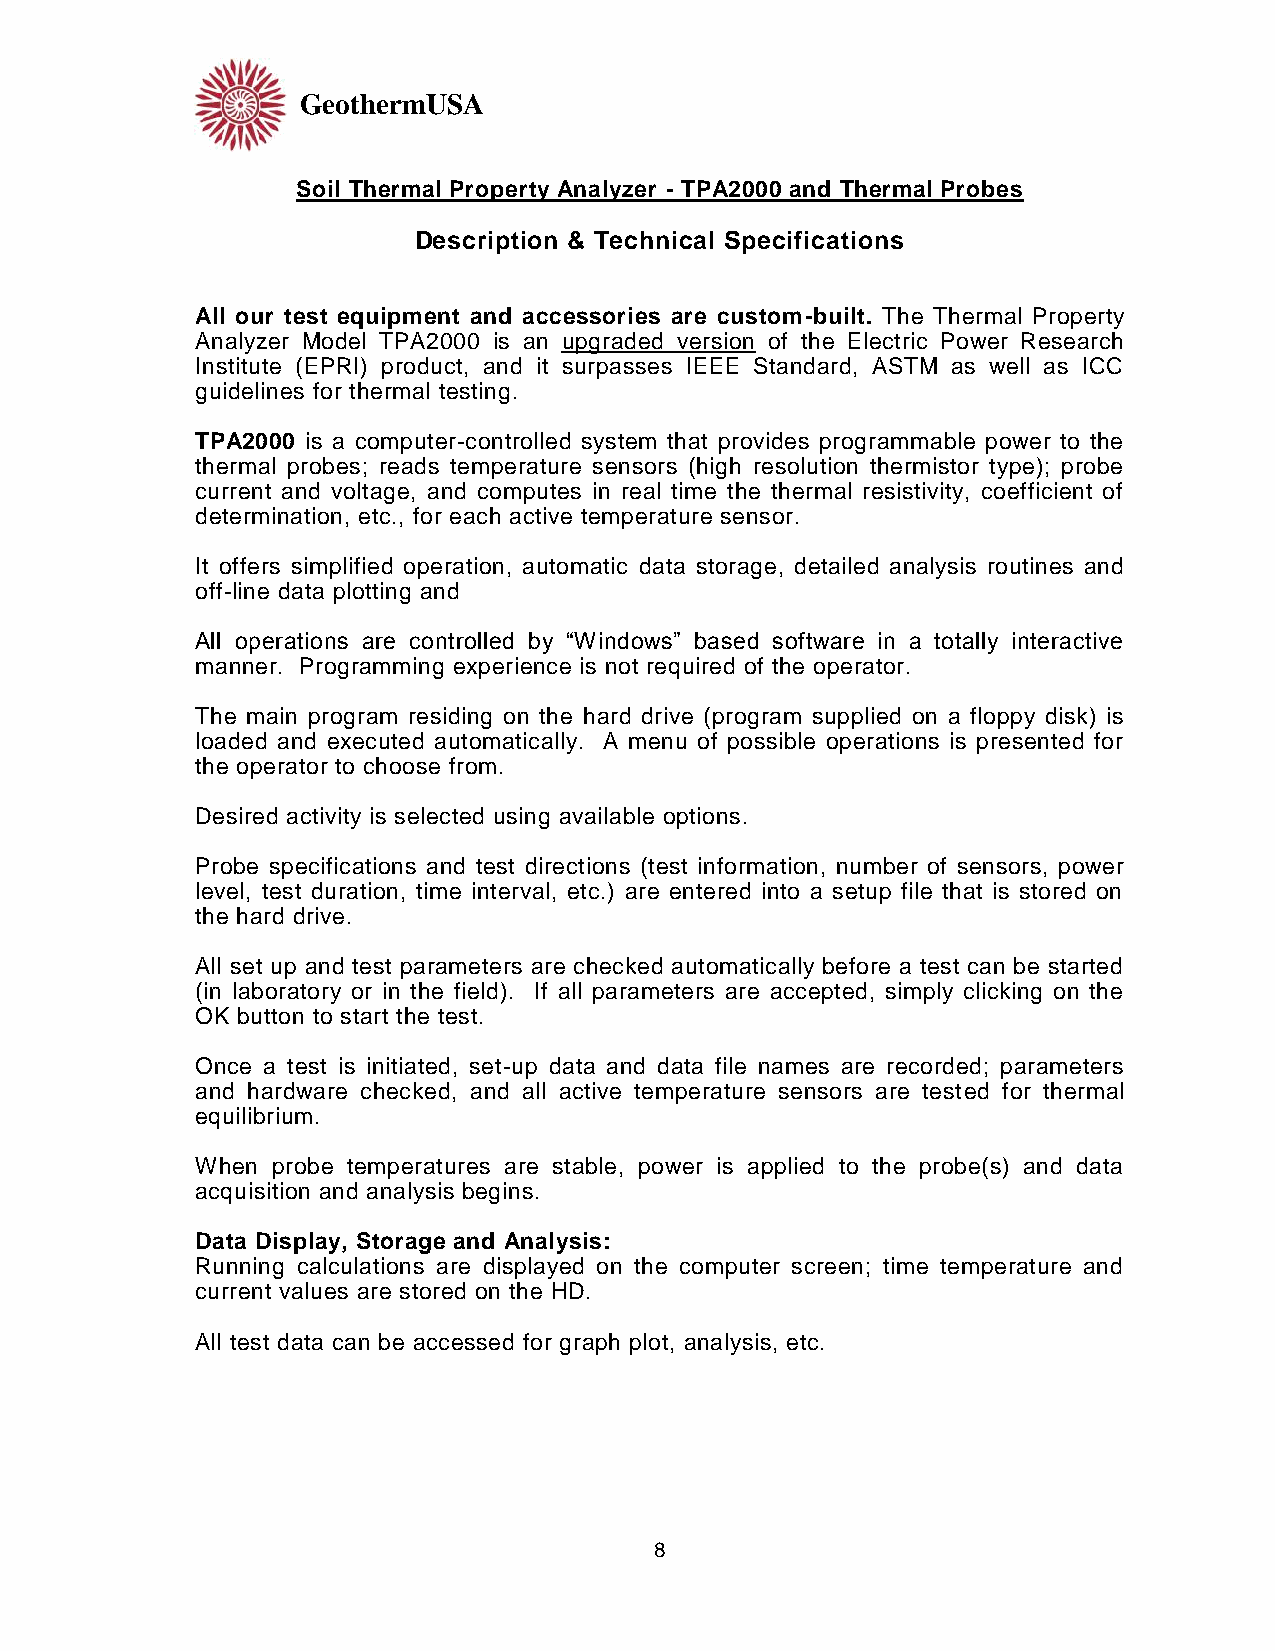
GeothermUSA
 Soil Thermal Property Analyzer - TPA2000 and Thermal Probes
 Description & Technical Specifications
 All our test equipment and accessories are custom-built. The Thermal Property
 Analyzer Model TPA2000 is an upgraded version of the Electric Power Research
 Institute (EPRI) product, and it surpasses IEEE Standard, ASTM as well as ICC
 guidelines for thermal testing.
 TPA2000 is a computer-controlled system that provides programmable power to the
 thermal probes; reads temperature sensors (high resolution thermistor type); probe
 current and voltage, and computes in real time the thermal resistivity, coefficient of
 determination, etc., for each active temperature sensor.
 It offers simplified operation, automatic data storage, detailed analysis routines and
 off-line data plotting and
 All operations are controlled by “Windows” based software in a totally interactive
 manner. Programming experience is not required of the operator.
 The main program residing on the hard drive (program supplied on a floppy disk) is
 loaded and executed automatically. A menu of possible operations is presented for
 the operator to choose from.
 Desired activity is selected using available options.
 Probe specifications and test directions (test information, number of sensors, power
 level, test duration, time interval, etc.) are entered into a setup file that is stored on
 the hard drive.
 All set up and test parameters are checked automatically before a test can be started
 (in laboratory or in the field). If all parameters are accepted, simply clicking on the
 OK button to start the test.
 Once a test is initiated, set-up data and data file names are recorded; parameters
 and hardware checked, and all active temperature sensors are tested for thermal
 equilibrium.
 When probe temperatures are stable, power is applied to the probe(s) and data
 acquisition and analysis begins.
 Data Display, Storage and Analysis:
 Running calculations are displayed on the computer screen; time temperature and
 current values are stored on the HD.
 All test data can be accessed for graph plot, analysis, etc.
 8